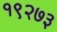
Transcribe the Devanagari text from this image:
१९२७३